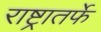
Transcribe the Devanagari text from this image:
राष्ट्रातर्फे